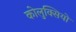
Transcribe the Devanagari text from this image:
कोलुक्सियो